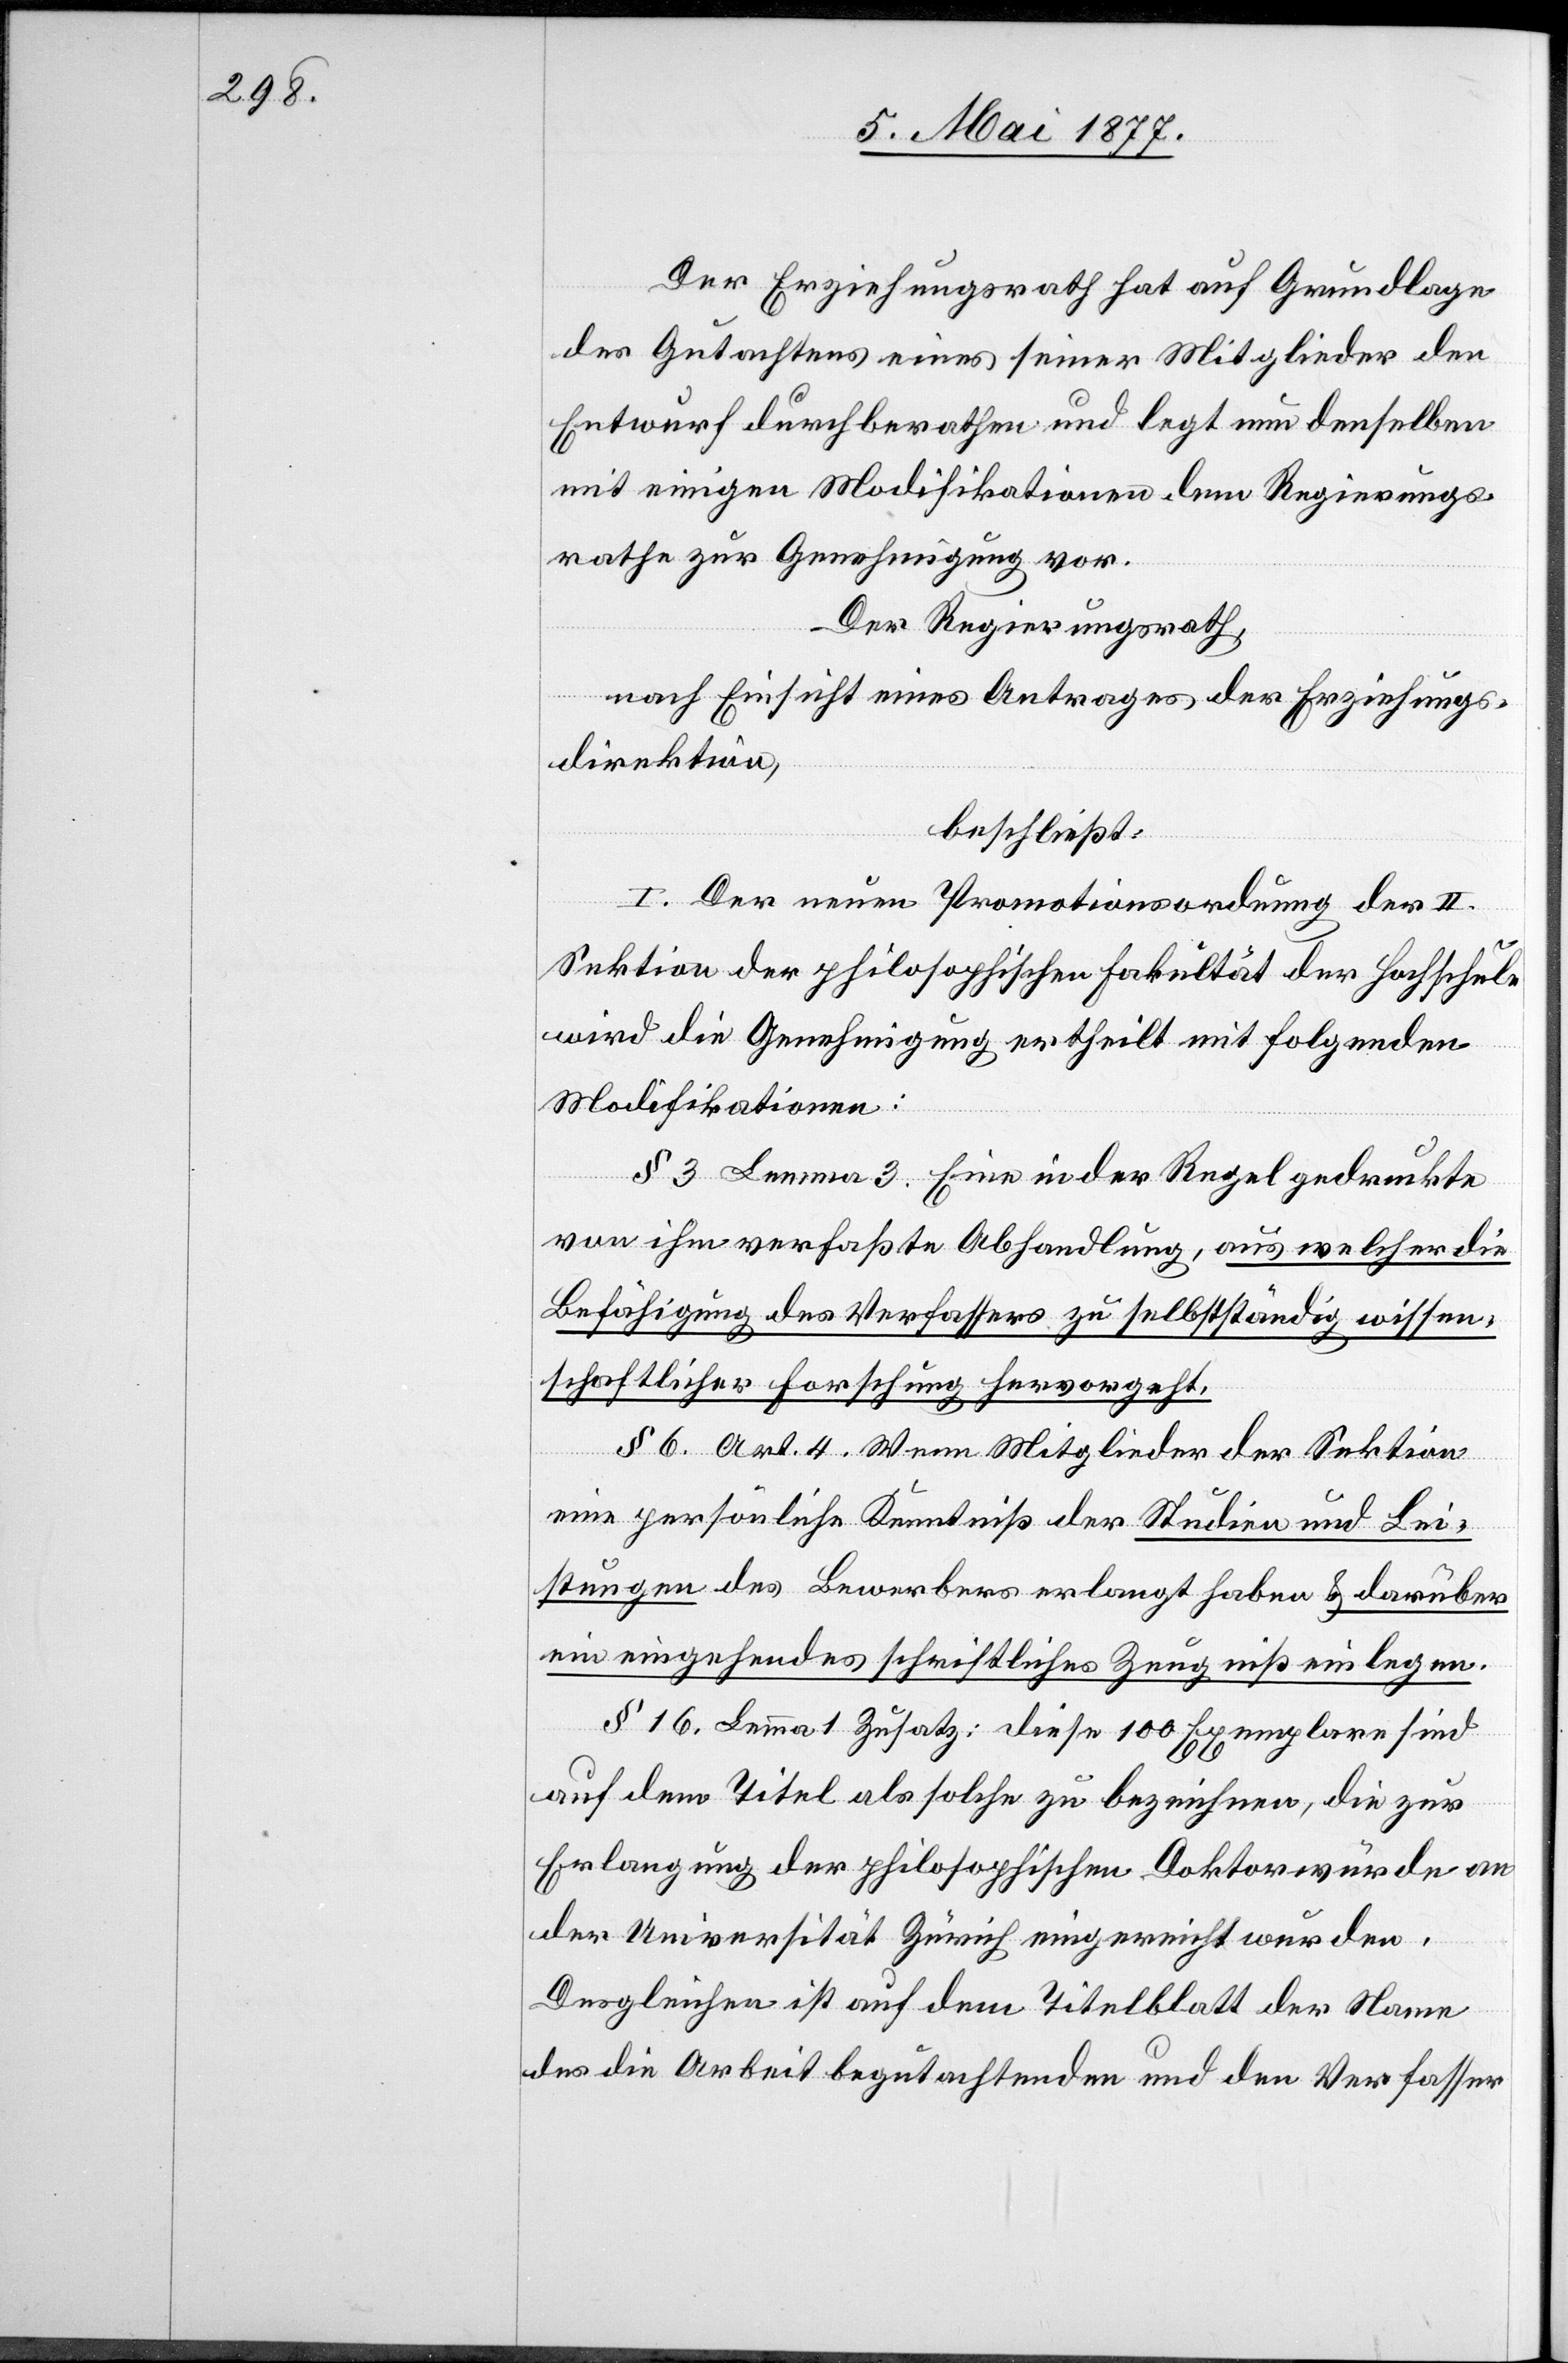
Der Erziehungsrath hat auf Grundlage
des Gutachtens eines seiner Mitglieder den
Entwurf durchberathen und legt nun denselben
mit einigen Modifikationen dem Regierungs¬
rathe zur Genehmigung vor.
Der Regierungsrath,
nach Einsicht eines Antrages der Erziehungs¬
direktion,
beschließt:
I. Der neuen Promotionsordnung der II.
Sektion der philosophischen Fakultät der Hochschule
wird die Genehmigung ertheilt mit folgenden
Modifikationen:
§ 3 Lemma 3. Eine in der Regel gedruckte
von ihm verfaßte Abhandlung, aus welcher die
Befähigung des Verfassers zu selbstständig wissen¬
schaftlicher Forschung hervorgeht.
§ 6. Art. 4. Wenn Mitglieder der Sektion
eine persönliche Kenntniß der Studien und Lei¬
stungen des Bewerbers erlangt haben & darüber
ein eingehendes schriftliches Zeugniß einlegen.
§ 16. Lemma 1 Zusatz: diese 100 Exemplare sind
auf dem Titel als solche zu bezeichnen, die zur
Erlangung der philosophischen Doktorwürde an
der Universität Zürich eingereicht wurden.
Desgleichen ist auf dem Titelblatt der Name
des die Arbeit begutachtenden und den Verfasser